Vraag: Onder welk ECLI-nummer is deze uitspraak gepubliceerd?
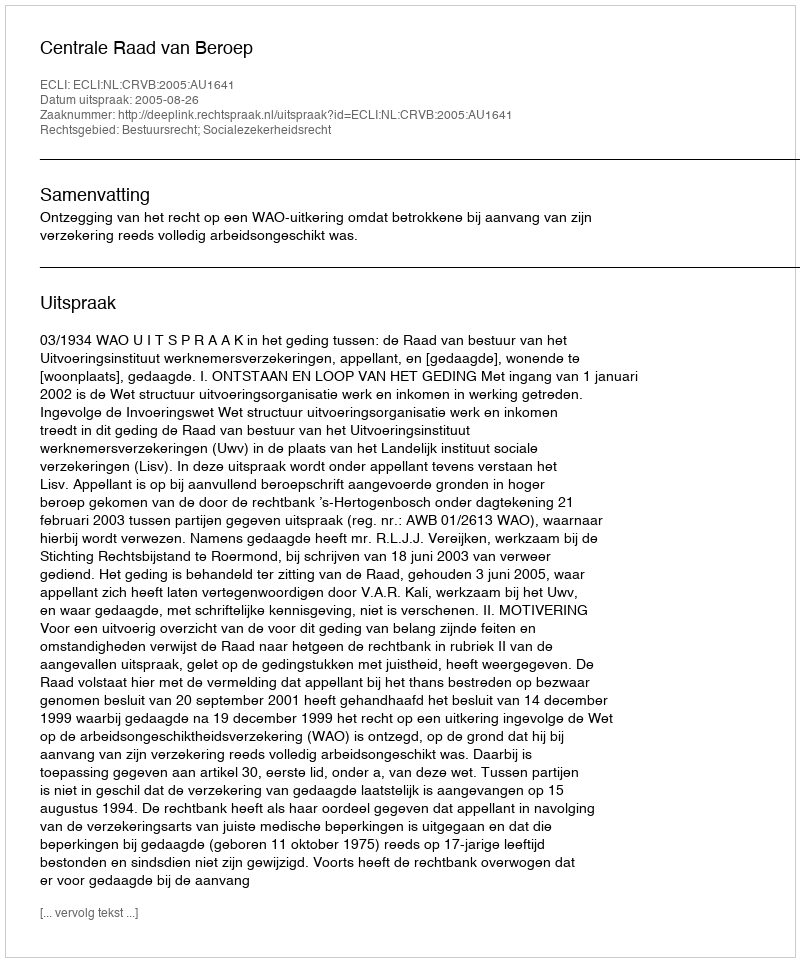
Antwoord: ECLI:NL:CRVB:2005:AU1641